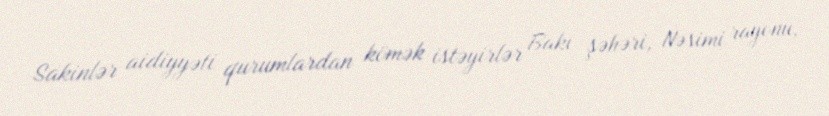
Sakinlər aidiyyəti qurumlardan kömək istəyirlər Bakı şəhəri, Nəsimi rayonu,